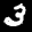
Label: 3